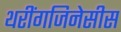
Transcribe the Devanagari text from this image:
थरींगजिनेसीस